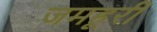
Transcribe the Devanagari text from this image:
जमहूरी